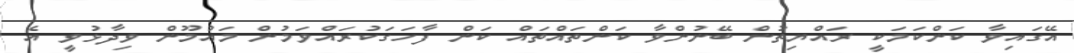
އޭގައިވާ ކަންކަމަކީ ރައްޔިތުން ބޭނުންވާ ކަންތައްތައް ކަން ފާހަގަކުރައްވަމުން މައުމޫން ވިދާޅުވީ އެ